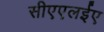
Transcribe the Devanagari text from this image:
सीएएलईए